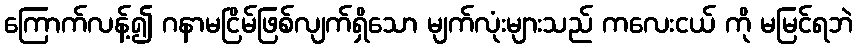
ကြောက်လန့်၍ ဂနာမငြိမ်ဖြစ်လျက်ရှိသော မျက်လုံးများသည် ကလေးငယ် ကို မမြင်ရဘဲ